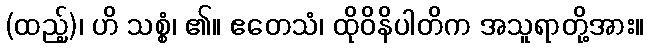
(ထည့်)၊ ဟိ သစ္စံ၊ ၏။ ဧတေသံ၊ ထိုဝိနိပါတိက အသူရာတို့အား။